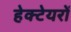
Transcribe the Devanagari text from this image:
हेक्टेयरों